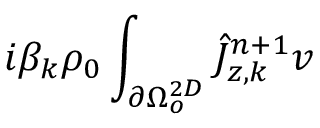
i \beta _ { k } \rho _ { 0 } \int _ { \partial \Omega _ { o } ^ { 2 D } } \hat { J } _ { z , k } ^ { n + 1 } v